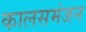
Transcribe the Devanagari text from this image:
कालसमंजन